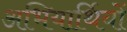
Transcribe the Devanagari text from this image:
अभियार्थियों